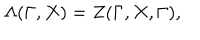
LaTeX: \Lambda ( \Gamma , X ) = Z ( \Gamma , X , \Gamma ) ,